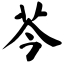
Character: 芩